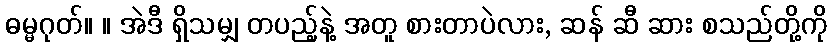
ဓမ္မဂုတ်။ ။ အဲဒီ ရှိသမျှ တပည့်နဲ့ အတူ စားတာပဲလား, ဆန် ဆီ ဆား စသည်တို့ကို